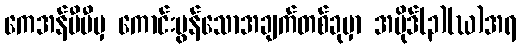
ကေအန်ပီပီမှ ကောင်းမွန်သောအချက်တစ်ခုမှာ အပိုဒ်(၃)(ဃ)အရ